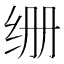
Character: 𮶁